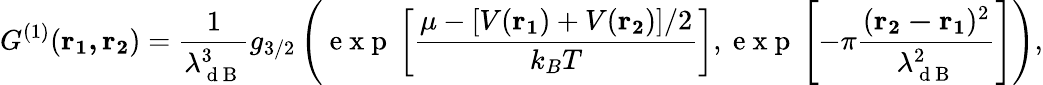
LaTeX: {G^{(1)}}(\mathbf{r_{1},r_{2}})=\frac{1}{\lambda_{\mathrm{~d~B~}}^{3}}g_{3/2}\left(\mathrm{~e~x~p~}\left[\frac{\mu-[V(\mathbf{r_{1}})+V(\mathbf{r_{2}})]/2}{k_{B}T}\right],\mathrm{~e~x~p~}\left[-\pi\frac{(\mathbf{r_{2}-r_{1}})^{2}}{\lambda_{\mathrm{~d~B~}}^{2}}\right]\right),